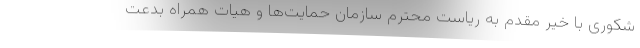
شکوری با خیر مقدم به ریاست محترم سازمان حمایت‌ها و هیات همراه بدعت